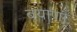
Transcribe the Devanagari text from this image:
बयाणा